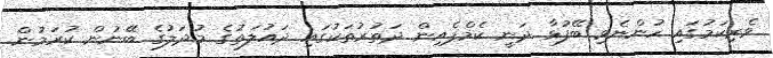
ވެރިކަމުގައި ހުންނެވި ބޭފުޅާ ދަނީ ކެމްޕެއިން ދަތުރުތަކުގައި ދައުލަތުގެ މުދަލުގެ ބޭނުން ކުރަމުން.